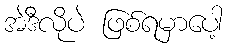
အဲဒီလိုပဲ ဖြစ်ရမှာပေါ့